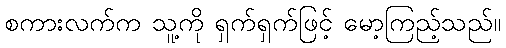
စကားလက်က သူ့ကို ရှက်ရှက်ဖြင့် မော့ကြည့်သည်။